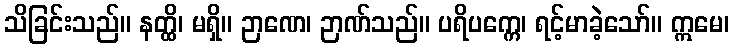
သိခြင်းသည်။ နတ္ထိ၊ မရှိ။ ဉာဏေ၊ ဉာဏ်သည်။ ပရိပက္ကေ၊ ရင့်မာခဲ့သော်။ ဣမေ၊